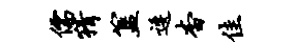
儒猜簋逶杳佳